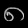
Digit: ၈